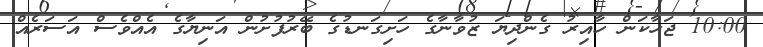
10:00 ޖަހާކަން ހާއިރު ގެންދިޔަ ޒުވާނާގެ ހަށިގަނޑުގެ ބޭރުފުށުން އަނިޔާގެ އެއްވެސް އަސަރެއް